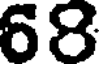
68